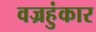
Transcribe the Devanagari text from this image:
वज्रहुंकार